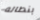
بنطاله